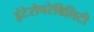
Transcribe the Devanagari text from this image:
इंटेरोपरेबिलिटी